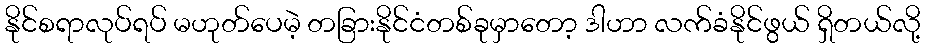
နိုင်စရာလုပ်ရပ် မဟုတ်ပေမဲ့ တခြားနိုင်ငံတစ်ခုမှာတော့ ဒါဟာ လက်ခံနိုင်ဖွယ် ရှိတယ်လို့